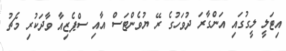
އިޓަލީ ލީގުގައި އަންގާރަ ދުވަހުގެ ރޭ ޔުވެންޓަސް އާއި ސްޕެޒިއާ ވާދަކުރި މެޗު